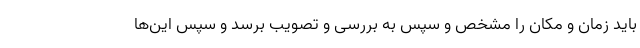
باید زمان و مکان را مشخص و سپس به بررسی و تصویب برسد و سپس این‌ها